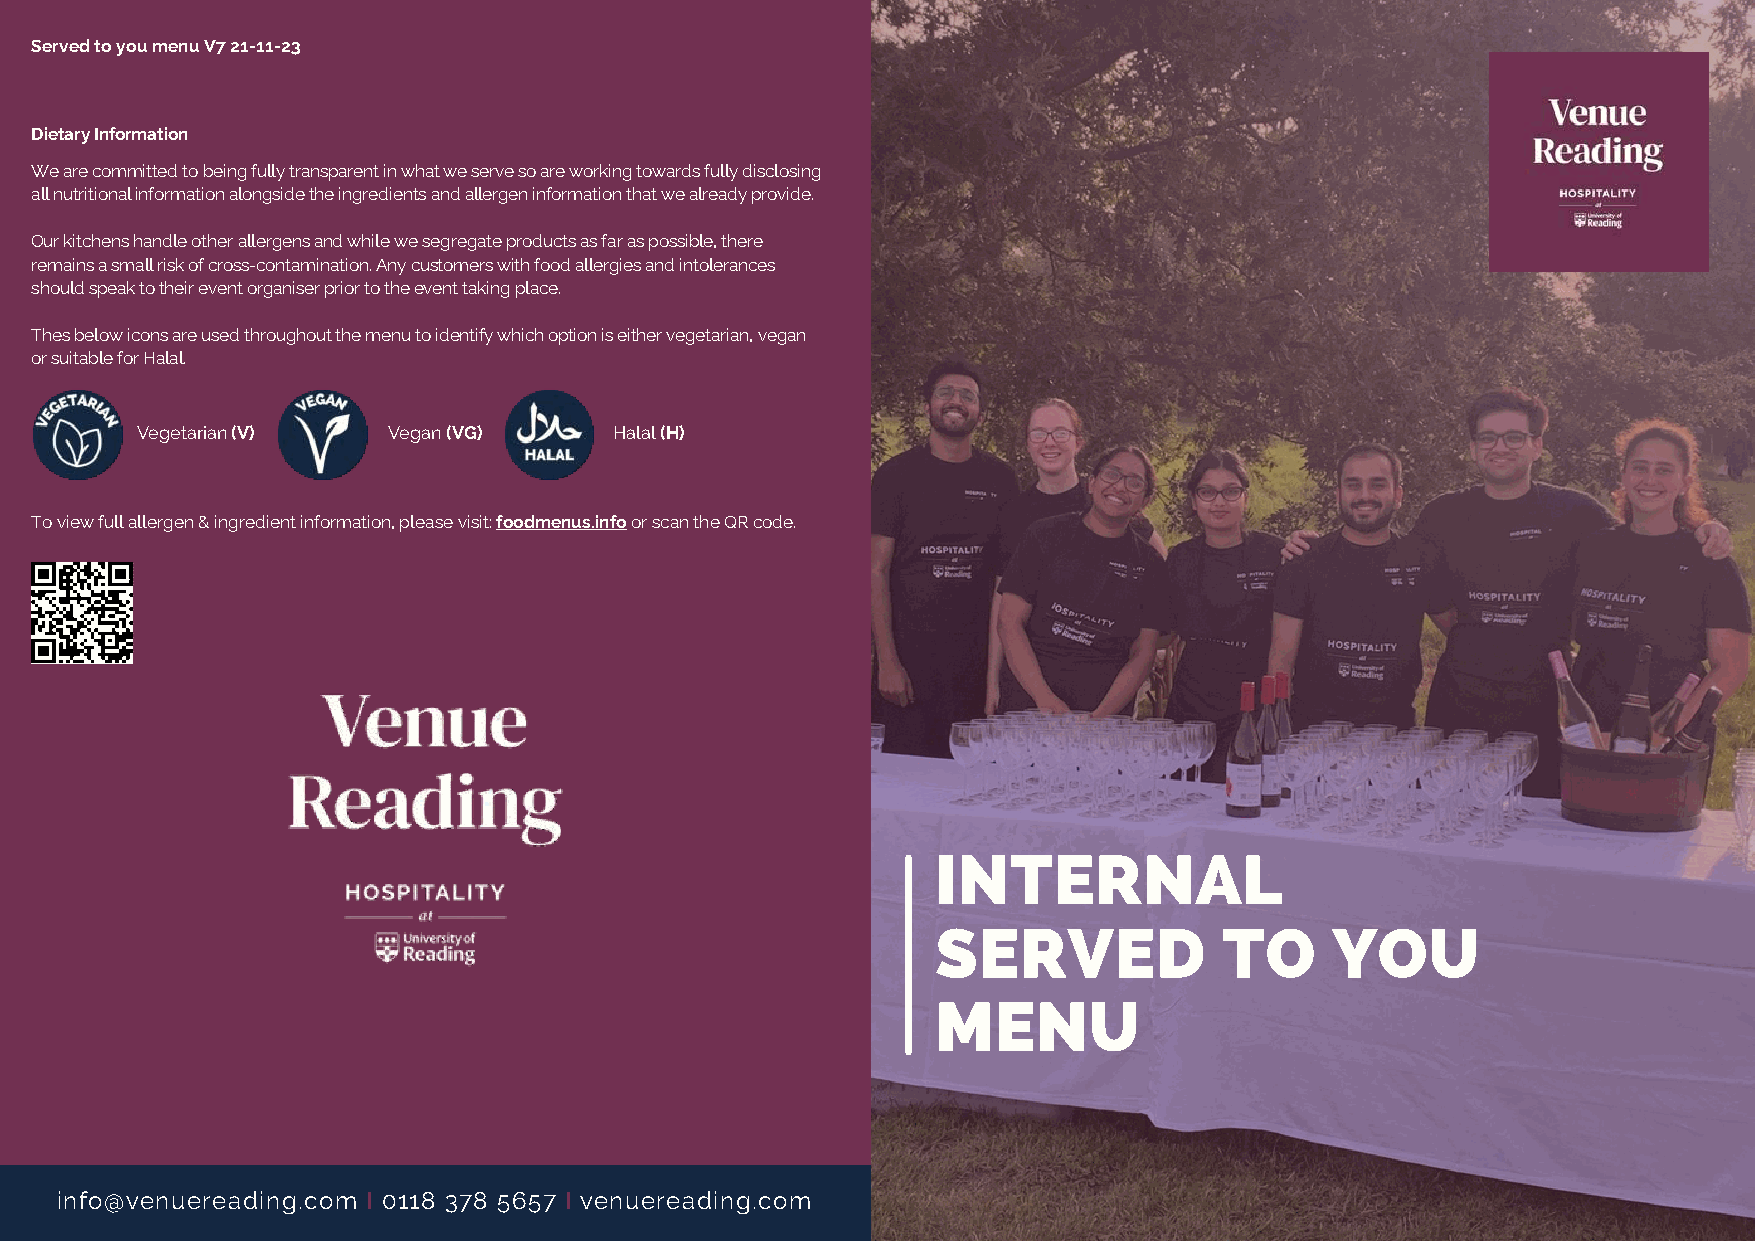
Served to you menu V7 21-11-23
 Dietary Information
 We are committed to being fully transparent in what we serve so are working towards fully disclosing
 all nutritional information alongside the ingredients and allergen information that we already provide.
 Our kitchens handle other allergens and while we segregate products as far as possible, there
 remains a small risk of cross-contamination. Any customers with food allergies and intolerances
 should speak to their event organiser prior to the event taking place.
 Thes below icons are used throughout the menu to identify which option is either vegetarian, vegan
 or suitable for Halal.
 Vegetarian (V)   Vegan (VG)     Halal (H)
 To view full allergen & ingredient information, please visit: foodmenus.info or scan the QR code.
 INTERNAL
 SERVED             TO     YOU
 MENU
 info@venuereading.com I 0118 378 5657 I venuereading.com